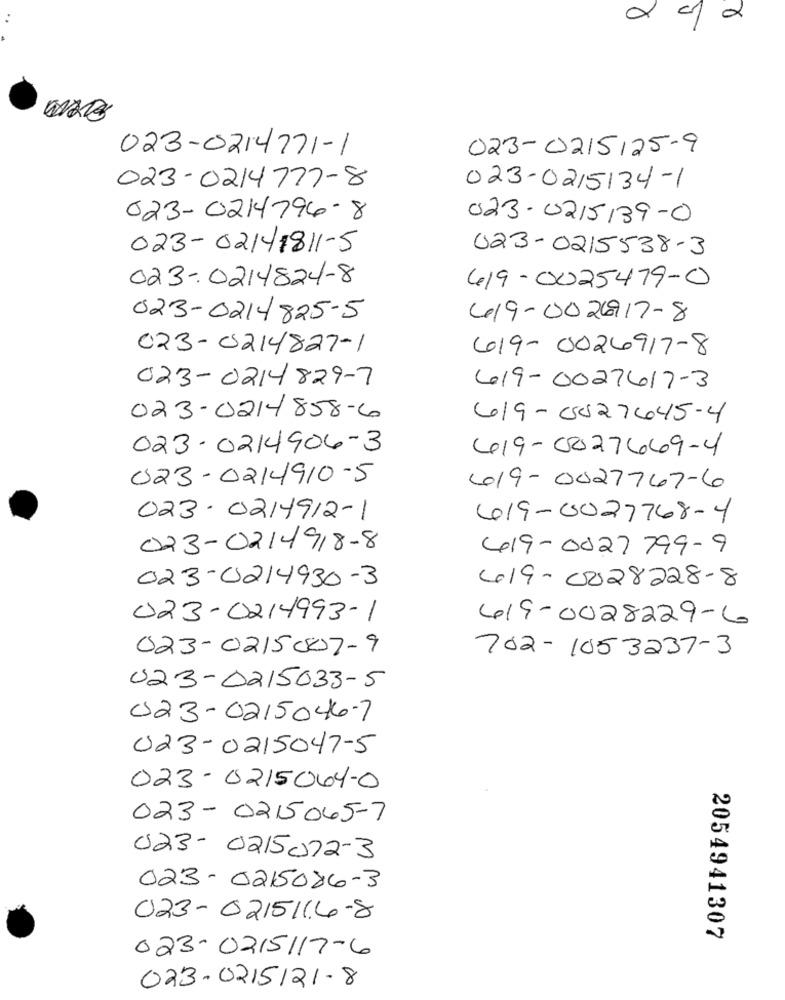
2
023-0214771-1
023-0215125-9
023-0214777-8
023-0215134-1
023-0214796-8
023-0215139-0
023- 02141811-5
023-0215538-3
023-0214824-8
419-0025479-0
023-0214825-5
419-002917-8
023-0214827-1
619-0026917-8
023-0214829-7
619- 0027617-3
023-0214858-6
619-0827445-4
023-0214906-3
419-0027669-4
023-0214910-5
619 - 0027767-6
023. 0214912-1
419-0027768-4
023-0214918-8
419-0827799-9
023-0214930-3
419-0028228-8
023-0214993-1
419-0028229-6
023-0215007-9
702-1053237-3
023-0215033-5
023-0215046-7
023-0215047-5
023-0215064-0
023- 0215065-7
023- 0215072-3
023-0215086-3
023-0215116-8
2054941307
023-0215117-6
023-0215121-8